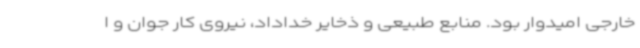
خارجی امیدوار بود. منابع طبیعی و ذخایر خداداد، نیروی کار جوان و ا